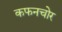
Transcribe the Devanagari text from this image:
कफनचोर